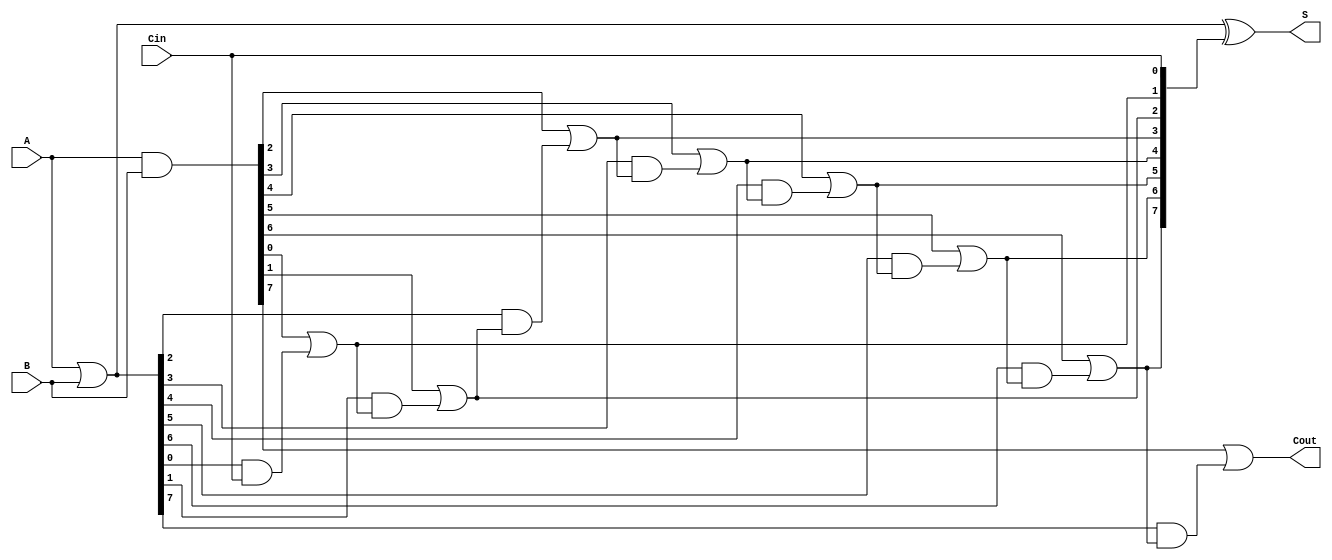
module ParallelPrefixAdder #(parameter N = 8) (
    input  wire [N-1:0] A,      // First operand
    input  wire [N-1:0] B,      // Second operand
    input  wire         Cin,     // Carry-in
    output wire [N-1:0] S,      // Sum output
    output wire         Cout      // Carry-out
);
    // Generate and propagate signals
    wire [N-1:0] G; // Generate
    wire [N-1:0] P; // Propagate
    wire [N:0] C;    // Carry (C[0] = Cin)

    // Generate and Propagate calculations
    assign G = A & B;
    assign P = A | B;

    // Carry signals
    assign C[0] = Cin; // Initial carry-in

    // Kogge-Stone carry generation
    genvar i, j;
    generate
        for (i = 1; i < N; i = i + 1) begin : carry_gen
            assign C[i] = G[i-1] | (P[i-1] & C[i-1]);
        end
    endgenerate

    // Final carry-out
    assign Cout = G[N-1] | (P[N-1] & C[N-1]);

    // Sum calculation
    assign S = P ^ C[N-1:0];

endmodule